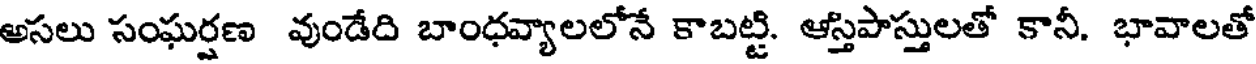
అసలు సంఘర్షణ వుండేది బాంధవ్యాలలోనే కాబట్టి. ఆస్తిపాస్తులతో కానీ. భావాలతో